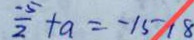
\frac { - 5 } { 2 } + a = - 1 5 1 8